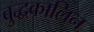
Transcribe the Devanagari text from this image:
बुद्धकालिन